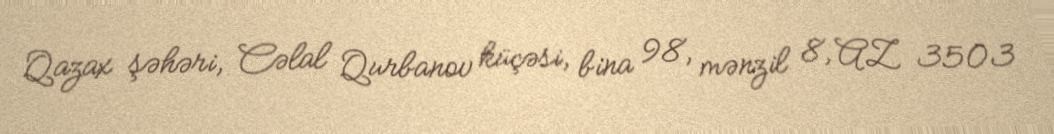
Qazax şəhəri, Cəlal Qurbanov küçəsi, bina 98, mənzil 8, AZ 3503